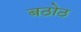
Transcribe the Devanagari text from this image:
बठोठ